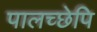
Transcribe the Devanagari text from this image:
पालच्छेपि